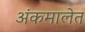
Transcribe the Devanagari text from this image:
अंकमालेत